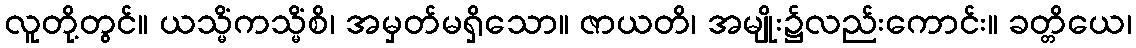
လူတို့တွင်။ ယသ္မိံကသ္မိံစိ၊ အမှတ်မရှိသော။ ဇာယတိ၊ အမျိုး၌လည်းကောင်း။ ခတ္တိယေ၊